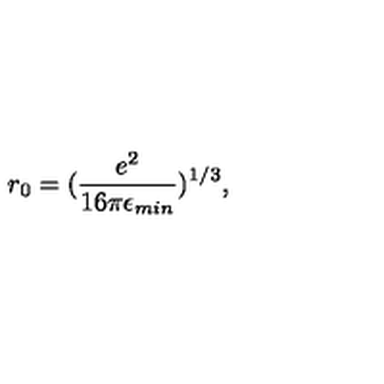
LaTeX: r _ { 0 } = ( \frac { e ^ { 2 } } { 1 6 \pi \epsilon _ { m i n } } ) ^ { 1 / 3 } ,